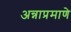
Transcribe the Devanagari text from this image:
अन्नाप्रमाणे